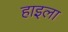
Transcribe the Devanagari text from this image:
हाइला